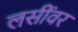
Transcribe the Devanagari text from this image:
लसींवर